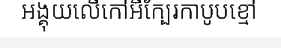
អង្គុយលើកៅអីក្បែរកាបូបខ្មៅ